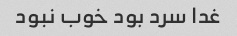
غدا سرد بود خوب نبود